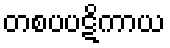
တစပပဋိကာယ